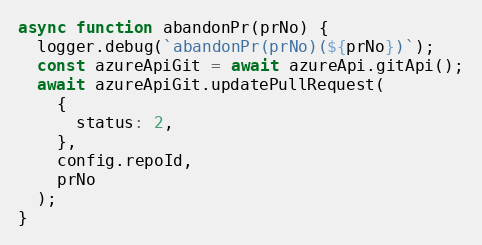
Language: JavaScript
async function abandonPr(prNo) {
  logger.debug(`abandonPr(prNo)(${prNo})`);
  const azureApiGit = await azureApi.gitApi();
  await azureApiGit.updatePullRequest(
    {
      status: 2,
    },
    config.repoId,
    prNo
  );
}